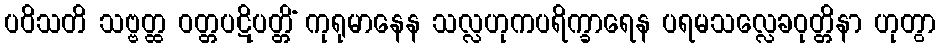
ပဝိသတိ သဗ္ဗတ္ထ ဝတ္တပဋိပတ္တိံ ကုရုမာနေန သလ္လဟုကပရိက္ခာရေန ပရမသလ္လေခဝုတ္တိနာ ဟုတွာ